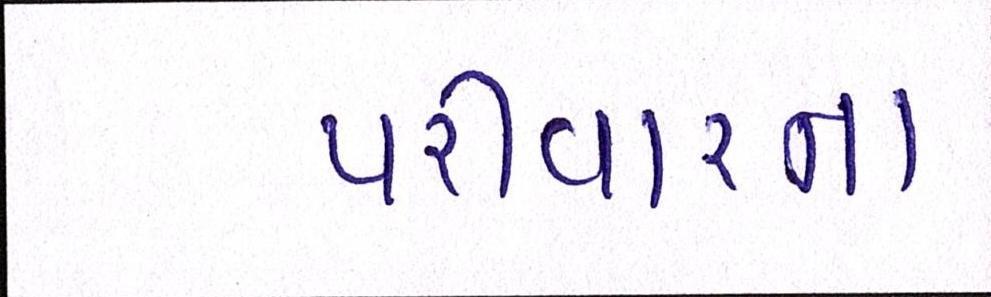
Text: પરીવારના